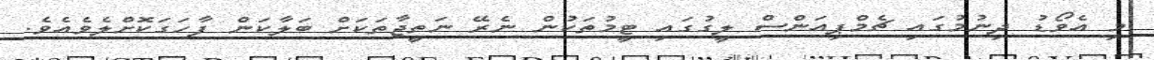
މި އެވޯޑު ދިނުމުގައި ޗެމްޕިއަންސް ލީގުގައި ޓީމުތަކުން ނެރޭ ނަތީޖާތަކަށް ބަލާކަން ފާހަގަކޮށްލެވެއެވެ.